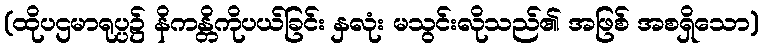
(ထိုပဌမာရုပ္ပ၌ နိကန္တိကိုပယ်ခြင်း နှလုံး မသွင်းလိုသည်၏ အဖြစ် အစရှိသော)